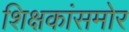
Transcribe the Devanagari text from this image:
शिक्षकांसमोर